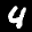
Label: 4